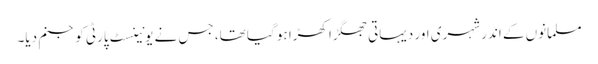
مسلمانوں کے اندر شہری اور دیہاتی جھگڑا کھڑا ہو گیا تھا، جس نے یونینسٹ پارٹی کو جنم دیا۔